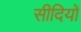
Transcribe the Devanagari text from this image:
सीदियों